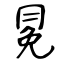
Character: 冕